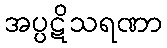
အပ္ပဋိသရဏာ